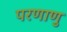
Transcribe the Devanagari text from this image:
परणाणु